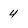
Character: 4